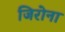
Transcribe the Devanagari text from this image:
जिरोना